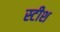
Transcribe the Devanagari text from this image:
स्टीश